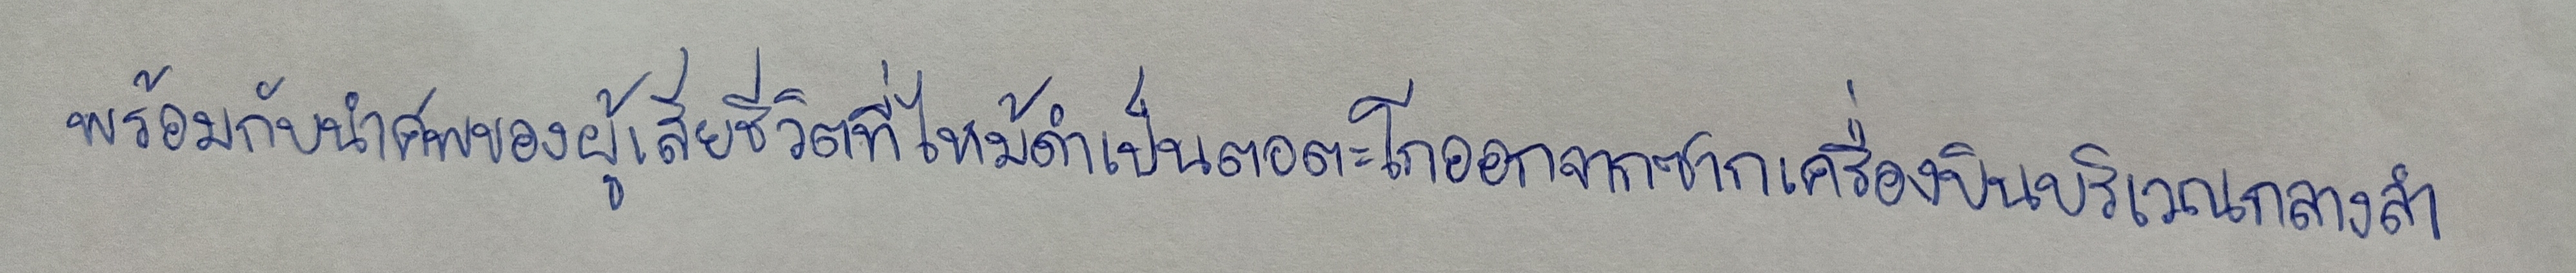
พร้อมกับนำศพของผู้เสียชีวิตที่ไหม้ดำเป็นตอตะโกออกจากซากเครื่องบินบริเวณกลางลำ